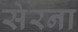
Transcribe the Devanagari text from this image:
सेरना